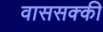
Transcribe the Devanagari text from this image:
वाससक्की